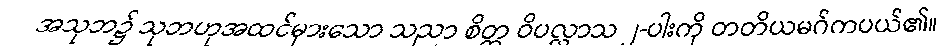
အသုဘ၌ သုဘဟုအထင်မှားသော သညာ စိတ္တ ဝိပလ္လာသ ၂-ပါးကို တတိယမဂ်ကပယ်၏။